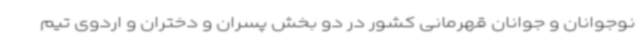
نوجوانان و جوانان قهرمانی کشور در دو بخش پسران و دختران و اردوی تیم